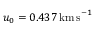
u _ { 0 } = 0 . 4 3 7 \, \mathrm { k m \, s } ^ { - 1 }